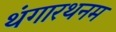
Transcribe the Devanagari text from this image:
थंगारथनम